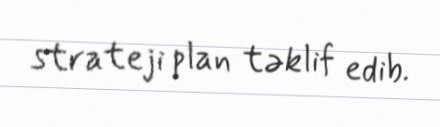
strateji plan təklif edib.